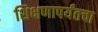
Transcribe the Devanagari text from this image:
शिक्षणापर्यंतचा